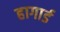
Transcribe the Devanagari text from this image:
हागार्ड